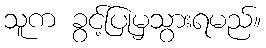
သူက ခွင့်ပြုမှသွားရမည်။